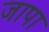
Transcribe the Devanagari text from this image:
जापा